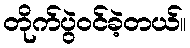
တိုက်ပွဲဝင်ခဲ့တယ်။